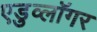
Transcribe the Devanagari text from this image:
एडुव्लॉगर